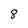
Character: 8